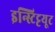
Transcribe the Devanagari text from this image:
इन्स्टिट्टयूट